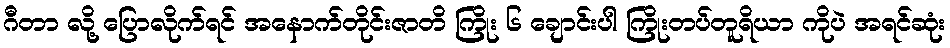
ဂီတာ လို့ ပြောလိုက်ရင် အနောက်တိုင်းဇာတိ ကြိုး ၆ ချောင်းပါ ကြိုးတပ်တူရိယာ ကိုပဲ အရင်ဆုံး